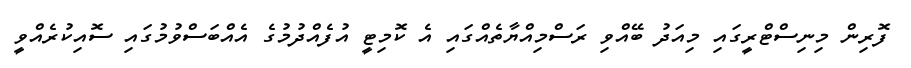
ފޮރިން މިނިސްޓްރީގައި މިއަދު ބޭއްވި ރަސްމިއްޔާތެއްގައި އެ ކޮމިޓީ އުފެއްދުމުގެ އެއްބަސްވުމުގައި ސޮއިކުރެއްވީ